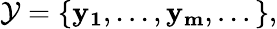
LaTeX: \begin{array}{r}{\mathcal{Y}=\{ \mathbf{y_{1}},...,\mathbf{y_{m}},...\} ,}\end{array}